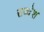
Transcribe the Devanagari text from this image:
सब्देश